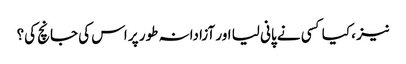
نیز ، کیا کسی نے پانی لیا اور آزادانہ طور پر اس کی جانچ کی؟